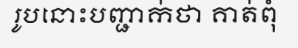
រូបនោះបញ្ជាក់ថា គាត់ពុំ